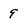
Character: 9